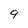
Character: 9